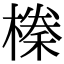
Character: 𭫰